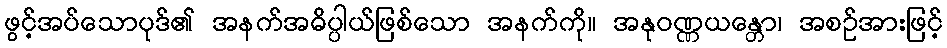
ဖွင့်အပ်သောပုဒ်၏ အနက်အဓိပ္ပါယ်ဖြစ်သော အနက်ကို။ အနုဝဏ္ဏယန္တော၊ အစဉ်အားဖြင့်